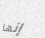
إنها